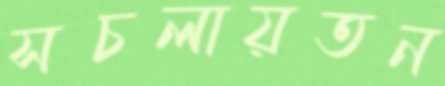
সচলায়তন